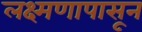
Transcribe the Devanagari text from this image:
लक्ष्मणापासून